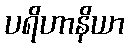
ပရိဟာနိယာ